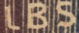
LBS